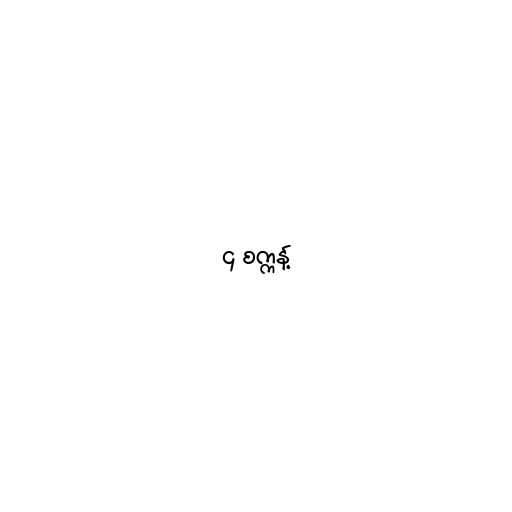
၄ စက္ကန့်